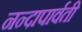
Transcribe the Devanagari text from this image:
नन्दापार्वती